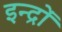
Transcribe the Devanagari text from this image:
इन्द्रों